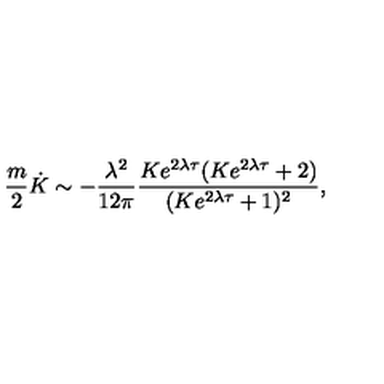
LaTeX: \frac { m } { 2 } \dot { K } \sim - \frac { \lambda ^ { 2 } } { 1 2 \pi } \frac { K e ^ { 2 \lambda \tau } ( K e ^ { 2 \lambda \tau } + 2 ) } { ( K e ^ { 2 \lambda \tau } + 1 ) ^ { 2 } } ,